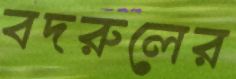
বদরুলের